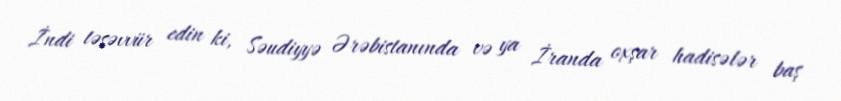
İndi təsəvvür edin ki, Səudiyyə Ərəbistanında və ya İranda oxşar hadisələr baş